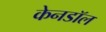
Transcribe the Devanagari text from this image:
केनडॉल